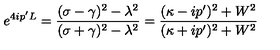
e ^ { 4 i p ^ { \prime } L } = \frac { ( \sigma - \gamma ) ^ { 2 } - \lambda ^ { 2 } } { ( \sigma + \gamma ) ^ { 2 } - \lambda ^ { 2 } } = \frac { ( \kappa - i p ^ { \prime } ) ^ { 2 } + W ^ { 2 } } { ( \kappa + i p ^ { \prime } ) ^ { 2 } + W ^ { 2 } }